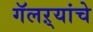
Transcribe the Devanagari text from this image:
गॅलऱ्यांचे